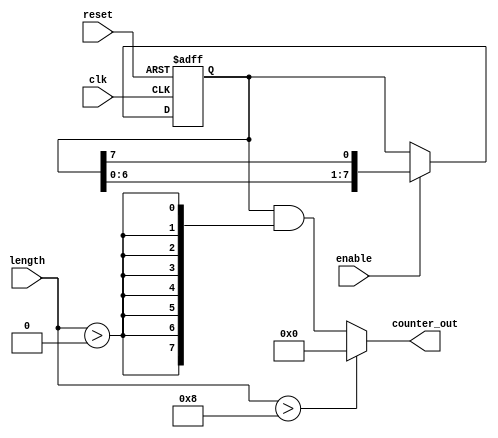
module variable_length_ring_counter #(
    parameter MAX_LENGTH = 8  // Maximum number of flip-flops
)(
    input wire clk,            // Clock input
    input wire reset,          // Asynchronous reset
    input wire enable,         // Enable control
    input wire [2:0] length,   // Length control (up to MAX_LENGTH)
    output reg [MAX_LENGTH-1:0] counter_out // Outputs for each flip-flop
);

    // Internal signal to hold the current state of the ring counter
    reg [MAX_LENGTH-1:0] state;

    always @(posedge clk or posedge reset) begin
        if (reset) begin
            // Reset the counter: set the first flip-flop to '1' and others to '0'
            state <= {MAX_LENGTH{1'b0}};
            state[0] <= 1'b1; // Initialize the first flip-flop to '1'
        end else if (enable) begin
            // Shift logic for the ring counter
            // Shift the '1' to the next position
            state <= {state[MAX_LENGTH-2:0], state[MAX_LENGTH-1]};
        end
    end

    // Output logic: only show the active length of the counter
    always @(*) begin
        if (length > MAX_LENGTH) begin
            counter_out = {MAX_LENGTH{1'b0}}; // Invalid length, output all zeros
        end else begin
            counter_out = {state[MAX_LENGTH-1:0] & {MAX_LENGTH{(length > 0)}}}; // Mask the output based on length
        end
    end

endmodule